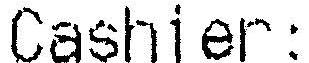
CASHIER: